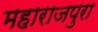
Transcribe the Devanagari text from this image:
महाराजपुरा